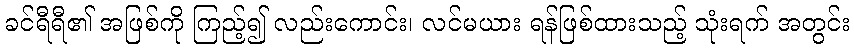
ခင်ရီရီ၏ အဖြစ်ကို ကြည့်၍ လည်းကောင်း၊ လင်မယား ရန်ဖြစ်ထားသည့် သုံးရက် အတွင်း